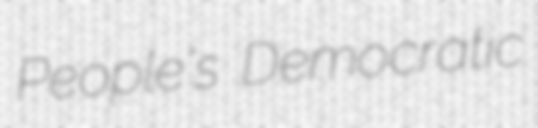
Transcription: People's Democratic